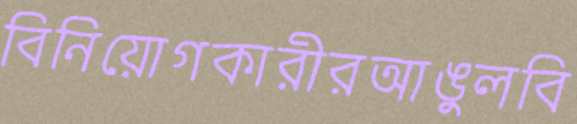
বিনিয়োগকারীরআঙুলবি